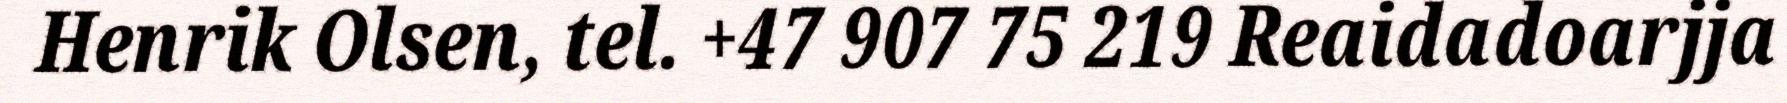
Henrik Olsen, tel. +47 907 75 219 Reaidadoarjja